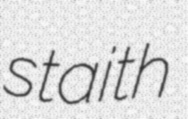
staith